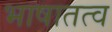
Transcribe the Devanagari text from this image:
भाषातत्व